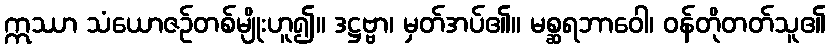
ဣဿာ သံယောဇဉ်တစ်မျိုးဟူ၍။ ဒဋ္ဌဗ္ဗာ၊ မှတ်အပ်၏။ မစ္ဆရဘာဝေါ၊ ဝန်တိုတတ်သူ၏